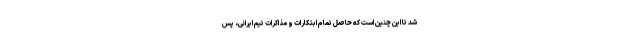
شد تا این چنین است که حاصل تمام ابتکارات و مذاکرات تیم ایرانی، پس